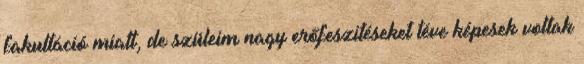
fakultáció miatt, de szüleim nagy erőfeszitéseket téve képesek voltak